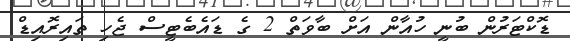
ޑޮކްޓަރުން ބުނީ ހުއާން އަށް ބާވަތް 2 ގެ ޑައެބެޓީސް ޖެހި ތައިރޮއިޑް